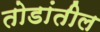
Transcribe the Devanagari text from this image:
तोडांतील